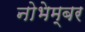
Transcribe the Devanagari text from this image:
नोभेम्बर